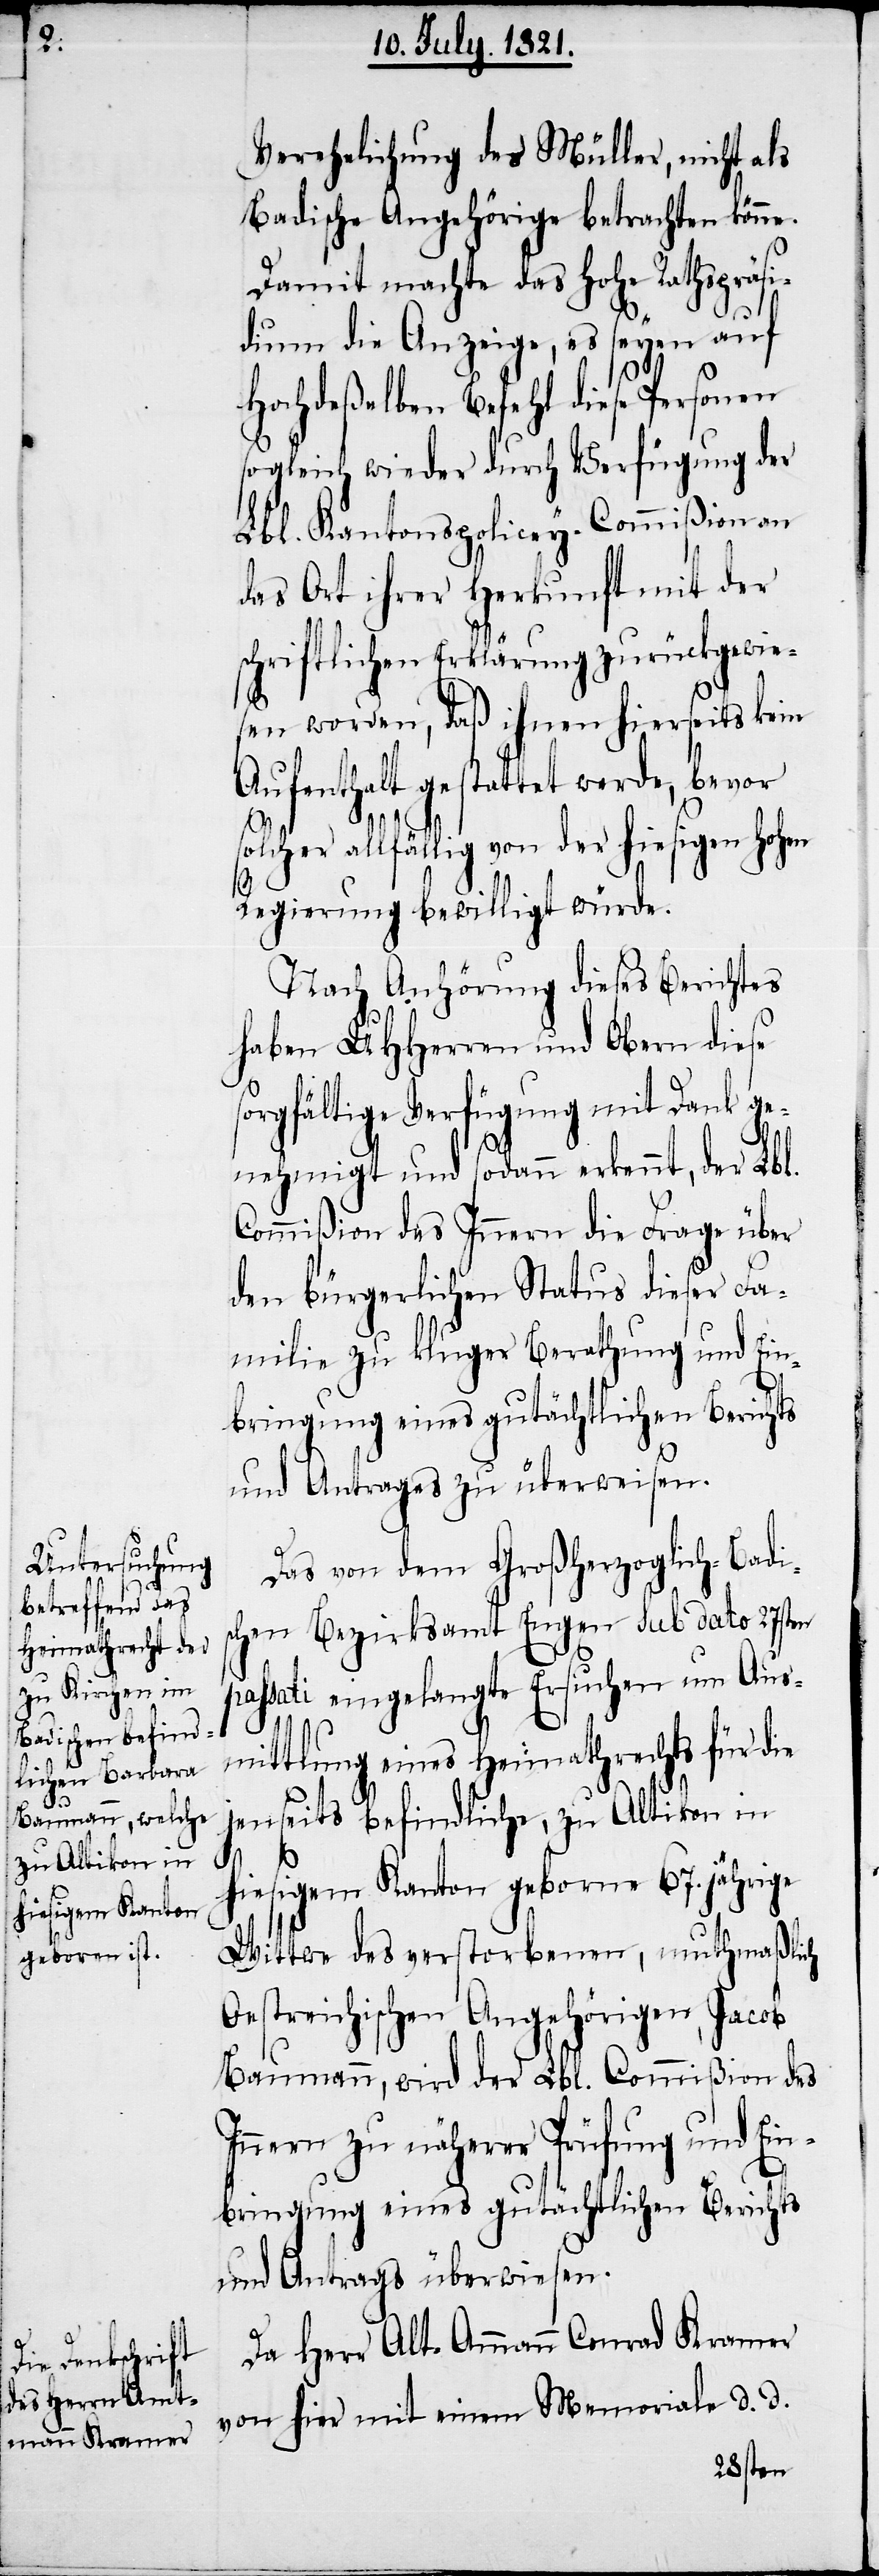
Verehelichung des Müller, nicht als
Badische Angehörige betrachten könne.
Damit machte das hohe Rathspräsi¬
dium die Anzeige, es seyen auf
Hochdeßelben Befehl diese Personen
sogleich wieder durch Verfügung der
Lbl. Kantons-Policey-Commißion an
das Ort ihrer Herkunft mit der
schriftlichen Erklärung zurückgewie¬
sen worden, daß ihnen hierseits kein
Aufenthalt gestattet werde, bevor
so¬
lcher allfällig von der hiesigen hohen
Regierung bewilligt würde.
Nach Anhörung dieses Berichts
haben UHHerren und Obern diese
sorgfältige Verfügung mit Dank ge¬
nehmigt und sodann erkennt, der Lbl.
Commißion des Innern die Frage über
den bürgerlichen Status dieser Fa¬
milie zu kluger Berathung und Ein¬
bringung eines gutächtlichen Berichts
und Antrages zu überweisen.
Das von dem Großherzoglich-Badis¬
chen Bezirksamt Engen sub dato 27sten
passati eingelangte Ersuchen um Aus¬
mittlung eines Heimathrechts für die
jenseits befindliche, zu Altikon in
hiesigem Kanton geborne 67. jährige
Wittwe des verstorbenen, muthmaßlich
Oestreichischen Angehörigen, Jacob
Baumann, wird der Lbl. Commißion des
Innern zu näherer Prüfung und Ein¬
bringung eines gutächtlichen Berichts
und Antrags überwiesen.
Da Herr Alt-Ammann Conrad Kramer
von hier mit einem Memoriale d. d.